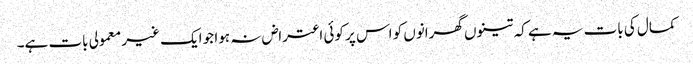
کمال کی بات یہ ہے کہ تینوں گھرانوں کو اس پر کوئی اعتراض نہ ہوا جو ایک غیر معمولی بات ہے۔